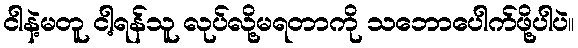
ငါနဲ့မတူ ငါ့ရန်သူ လုပ်လို့မရတာကို သဘောပေါက်ဖို့ပါပဲ။